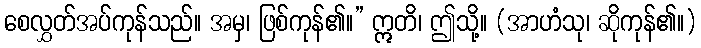
စေလွှတ်အပ်ကုန်သည်။ အမှ၊ ဖြစ်ကုန်၏။” ဣတိ၊ ဤသို့။ (အာဟံသု၊ ဆိုကုန်၏။)